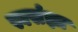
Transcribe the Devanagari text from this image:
स्वसंज्ञा